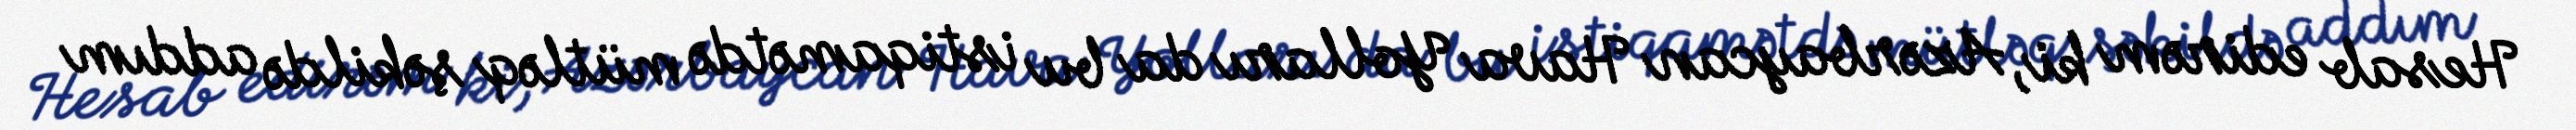
Hesab edirəm ki, Azərbaycan Hava Yolları da bu istiqamətdə mütləq şəkildə addım